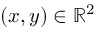
( x , y ) \in \mathbb { R } ^ { 2 }